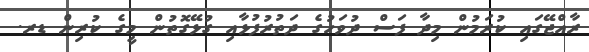
ރާއްޖޭގައި ކުރަމުން މިދާ ފަސް ދުވަހުގެ ދަތުރުފުޅާއި ގުޅޭގޮތުން މީގެ ކުރިން ޑރ.